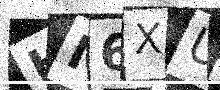
Text: HM6XU1